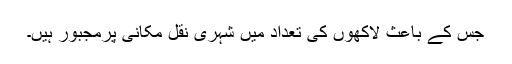
جس کے باعث لاکھوں کی تعداد میں شہری نقل مکانی پرمجبور ہیں۔